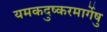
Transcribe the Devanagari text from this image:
यमकदुष्करमार्गेषु